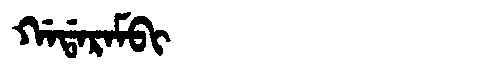
Manchu: ᡤᠠᡩᠠᡵᠠᠮᠪᡳ
Romanization: GADARAMBI